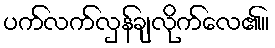
ပက်လက်လှန်ချလိုက်လေ၏။